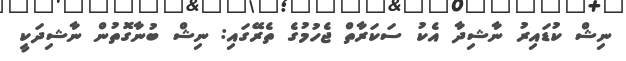
ނިޝް ކުޑައިރު ނާޝިދާ އެކު ސަކަރާތް ޖެހުމުގެ ތެރޭގައި: ނިޝް ބުނާގޮތުން ނާޝިދަކީ